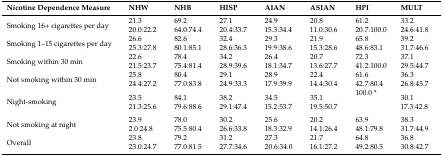
| Nicotine Dependence Measure | NHW | NHB | HISP | AIAN | ASIAN | HPI | MULT |
 | --- | --- | --- | --- | --- | --- | --- | --- |
 | Smoking 16+ cigarettes per day | 21.320.0:22.2 | 69.264.0:74.4 | 27.120.4:33.7 | 24.915.3:34.4 | 20.811.0:30.6 | 61.220.7:100.0 | 33.224.6:41.8 |
 | Smoking 1–15 cigarettes per day | 26.625.3:27.8 | 82.680.1:85.1 | 32.428.6:36.3 | 29.319.9:38.6 | 21.915.3:28.6 | 65.848.6:83.1 | 39.231.7:46.6 |
 | Smoking within 30 min | 22.621.5:23.7 | 78.475.4:81.4 | 34.228.9:39.6 | 26.418.1:34.7 | 20.713.6:27.7 | 72.341.2:100.0 | 37.129.5:44.7 |
 | Not smoking within 30 min | 25.824.4:27.2 | 80.477.0:83.8 | 29.124.9:33.3 | 28.917.9:39.9 | 22.414.4:30.4 | 61.642.7:80.4 | 36.326.8:45.7 |
 | Night-smoking | 23.521.3:25.6 | 84.179.6:88.6 | 38.229.1:47.4 | 34.515.2:53.7 | 35.119.5:50.7 | 100.0 * | 30.117.3:42.8 |
 | Not smoking at night | 23.92.0:24.8 | 78.075.5:80.4 | 30.226.6:33.8 | 25.618.3:32.9 | 20.214.1:26.4 | 63.948.1:79.8 | 38.331.7:44.9 |
 | Overall | 23.823.0:24.7 | 79.277.0:81.5 | 31.227.7:34.6 | 27.320.6:34.0 | 21.716.1:27.2 | 64.849.2:80.5 | 36.830.8:42.7 |